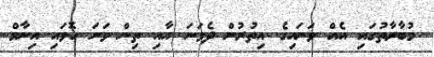
މުބާރާތުގައި އެއް ވަނައިގެ އިތުރުން ދެވަނަ އާއި ތިން ވަނަ ހޮވައި އިނާމް